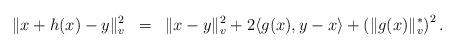
LaTeX: \begin{align*}\| x+ h(x) -y \|_v^2 \; \; = \;\; \|x-y\|_v^2 + 2\langle g(x), y-x \rangle + \left( \|g(x)\|_v^* \right)^2.\end{align*}